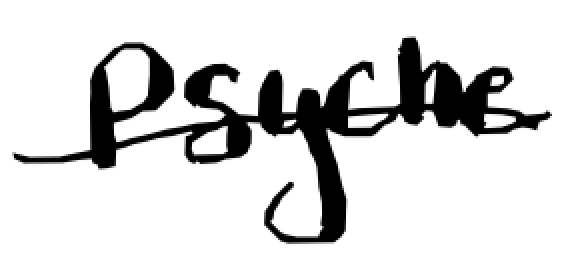
Text: Psyche
Cross-out: single-line
Writing tool: digital_black